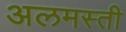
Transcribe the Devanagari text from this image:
अलमस्ती